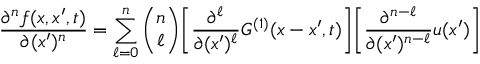
\frac { \partial ^ { n } f ( x , x ^ { \prime } , t ) } { \partial ( x ^ { \prime } ) ^ { n } } = \sum _ { \ell = 0 } ^ { n } \binom { n } { \ell } \bigg [ \frac { \partial ^ { \ell } } { \partial ( x ^ { \prime } ) ^ { \ell } } G ^ { ( 1 ) } ( x - x ^ { \prime } , t ) \bigg ] \bigg [ \frac { \partial ^ { n - \ell } } { \partial ( x ^ { \prime } ) ^ { n - \ell } } u ( x ^ { \prime } ) \bigg ]